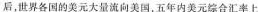
后，世界各国的美元大量流向美国，五年内美元综合汇率上